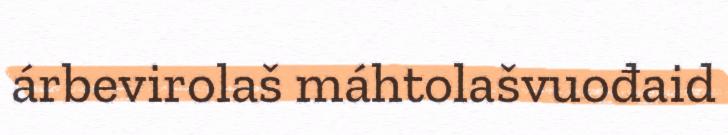
árbevirolaš máhtolašvuođaid